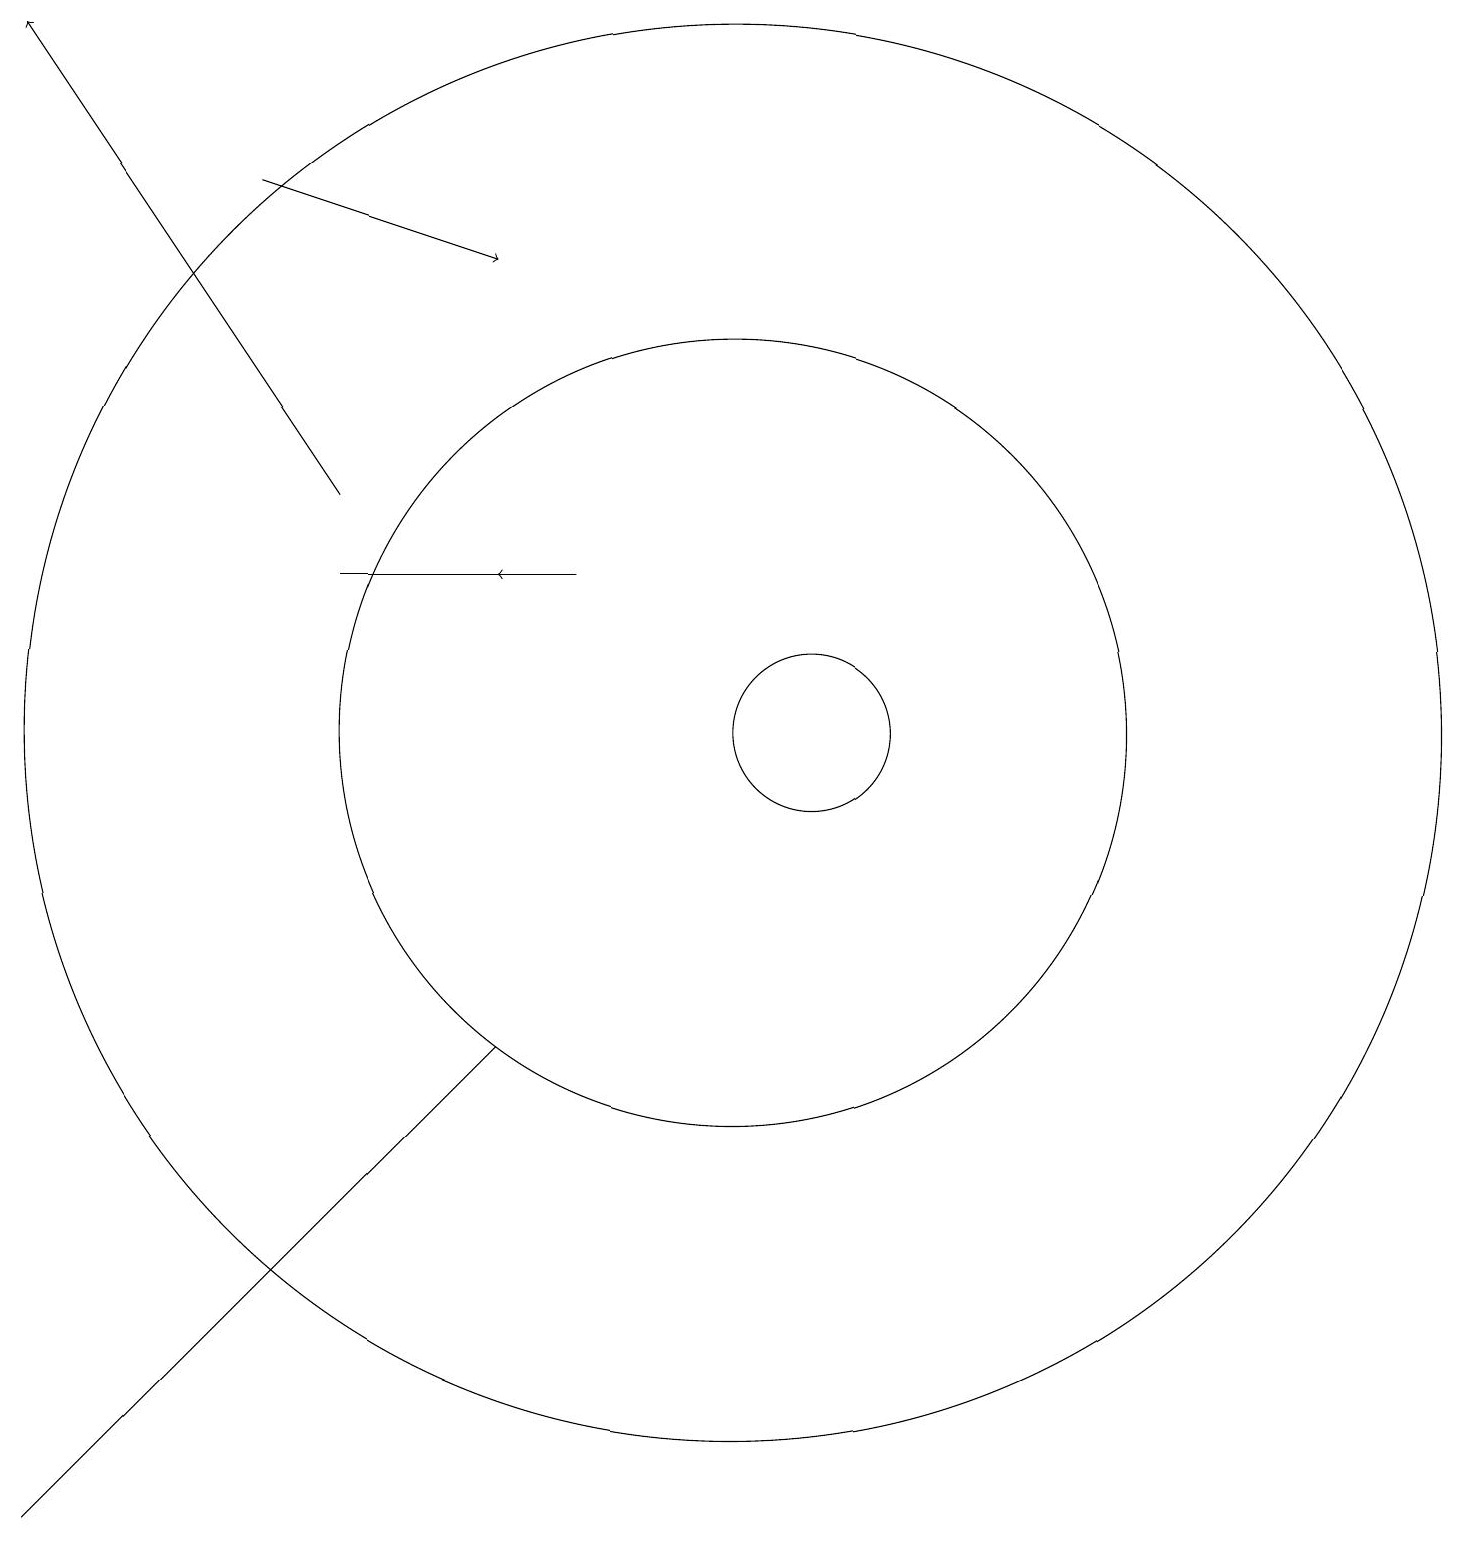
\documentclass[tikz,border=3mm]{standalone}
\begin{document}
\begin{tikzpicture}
\draw[->] (4,17) -- (7,16);
\draw (10,10) circle (9);
\draw[->] (8,12) -- (7,12);
\draw (10,10) circle (5);
\draw (1,0) -- (7,6) -- (1,0) -- cycle;
\draw[->] (5,13) -- (1,19);
\draw (8,12) rectangle (5,12);
\draw (11,10) circle (1);
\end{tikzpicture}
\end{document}